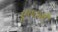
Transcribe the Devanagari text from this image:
एण्टनी